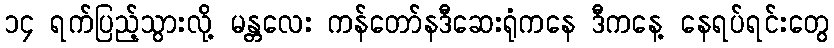
၁၄ ရက်ပြည့်သွားလို့ မန္တလေး ကန်တော်နဒီဆေးရုံကနေ ဒီကနေ့ နေရပ်ရင်းတွေ